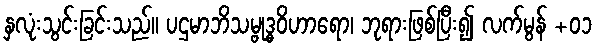
နှလုံးသွင်းခြင်းသည်။ ပဌမာဘိသမ္ဗုဒ္ဓဝိဟာရော၊ ဘုရားဖြစ်ပြီး၍ လက်မွန် +၀၁